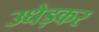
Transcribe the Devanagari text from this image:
उधेड़कर